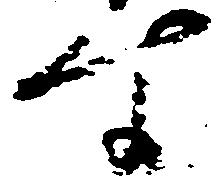
す